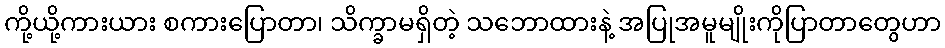
ကို့ယို့ကားယား စကားပြောတာ၊ သိက္ခာမရှိတဲ့ သဘောထားနဲ့ အပြုအမူမျိုးကိုပြာတာတွေဟာ